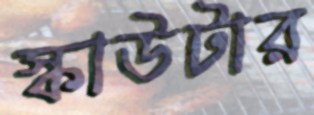
স্কাউটার